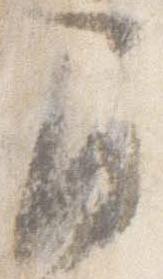
間